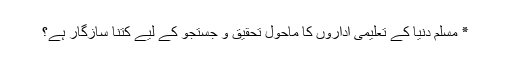
٭ مسلم دنیا کے تعلیمی اداروں کا ماحول تحقیق و جستجو کے لیے کتنا سازگار ہے؟